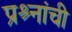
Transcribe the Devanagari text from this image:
प्रश्र्नांची